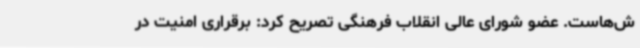
ش‌هاست. عضو شورای عالی انقلاب فرهنگی تصریح کرد: برقراری امنیت در